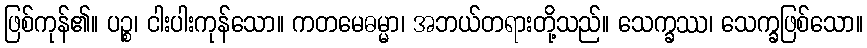
ဖြစ်ကုန်၏။ ပဉ္စ၊ ငါးပါးကုန်သော။ ကတမေဓမ္မာ၊ အဘယ်တရားတို့သည်။ သေက္ခဿ၊ သေက္ခဖြစ်သော။